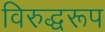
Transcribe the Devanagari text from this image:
विरुद्धरूप